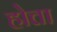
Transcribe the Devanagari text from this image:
होत्ता